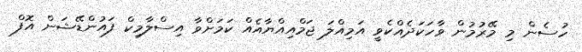
ހުސެން މި މޭރުމުން ވާހަކަދެއްކެވީ އަމިއްލަ ޖަމްއިއްޔާއެއް ކަމަށްވާ އިސްލާމިކް ފައުންޑޭޝަން އޮފް